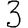
Digit: 3